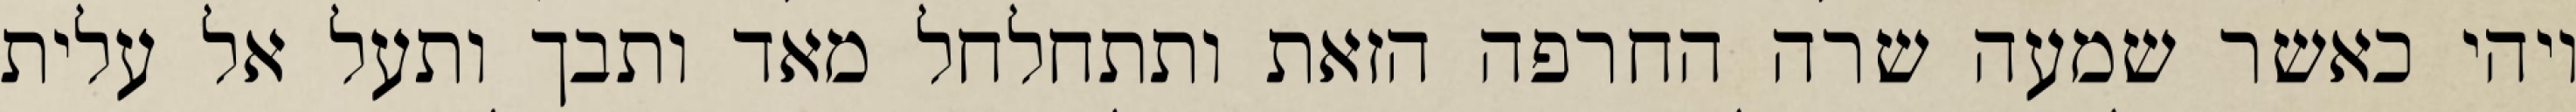
ויהי כאשר שמעה שרה החרפה הזאת ותתחלחל מאד ותבך ותעל אל עלית